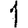
Digit: 1